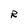
Character: R